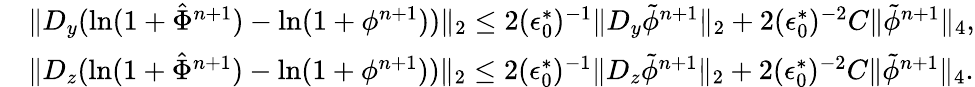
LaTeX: \begin{array}{rl}&{\| D_{y}(\ln(1+\hat{\Phi}^{n+1})-\ln(1+\phi^{n+1}))\| _{2}\le 2(\epsilon_{0}^{*})^{-1}\| D_{y}\tilde{\phi}^{n+1}\| _{2}+2(\epsilon_{0}^{*})^{-2}C\| \tilde{\phi}^{n+1}\| _{4},}\\ &{\| D_{z}(\ln(1+\hat{\Phi}^{n+1})-\ln(1+\phi^{n+1}))\| _{2}\le 2(\epsilon_{0}^{*})^{-1}\| D_{z}\tilde{\phi}^{n+1}\| _{2}+2(\epsilon_{0}^{*})^{-2}C\| \tilde{\phi}^{n+1}\| _{4}.}\end{array}